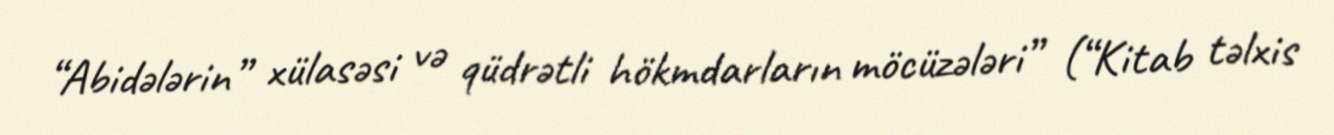
“Abidələrin” xülasəsi və qüdrətli hökmdarların möcüzələri” (“Kitab təlxis